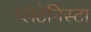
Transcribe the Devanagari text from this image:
प्‍लेटेनिस्‍टा